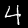
Label: 4